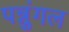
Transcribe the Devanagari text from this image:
पन्नुंगल